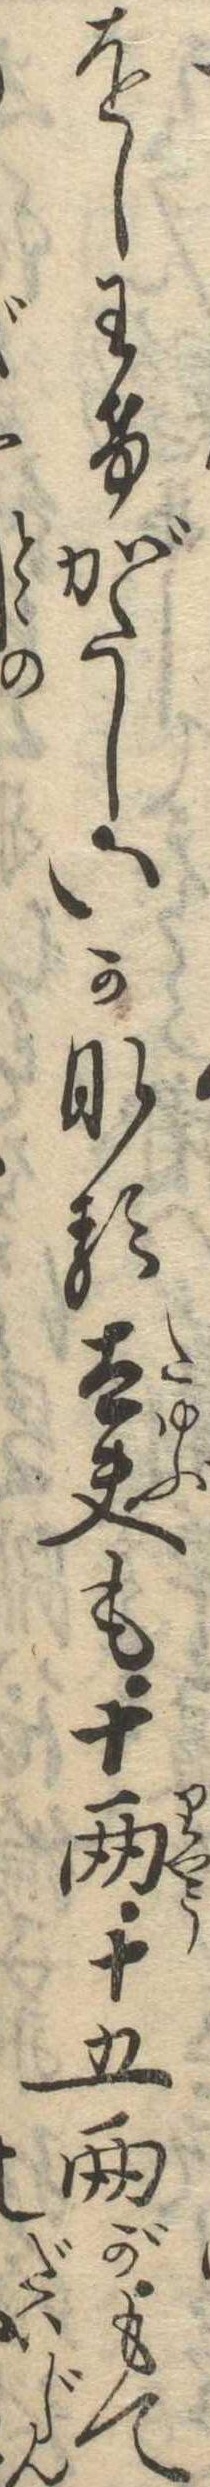
をしわけがたしいかなる太夫も十両十五両がもて